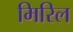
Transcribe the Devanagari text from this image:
मिरिल